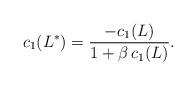
LaTeX: \begin{align*} c_1(L^*) = \frac{-c_1(L)}{1+\beta\,c_1(L)}.\end{align*}